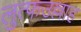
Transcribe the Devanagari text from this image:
लुत्फउल्लाह